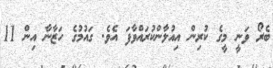
ބެރޯ ވަނީ މީގެ ކުރިން އިއުލާންކުރައްވާފަ އެވެ. ގައުމުގެ ހަޒާނާ އިން 11